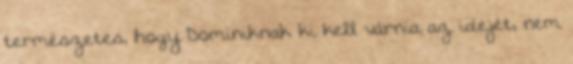
természetes, hogy Dominiknak ki kell várnia az idejét, nem